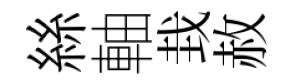
絲軸㘽赦